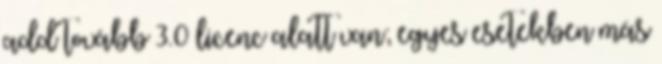
add tovább 3.0 licenc alatt van; egyes esetekben más